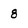
Character: 8